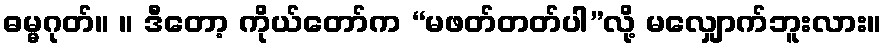
ဓမ္မဂုတ်။ ။ ဒီတော့ ကိုယ်တော်က “မဖတ်တတ်ပါ”လို့ မလျှောက်ဘူးလား။